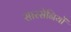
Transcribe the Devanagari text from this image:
सारसेनियों